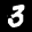
Label: 3